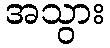
အသွား